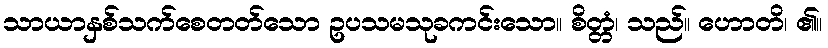
သာယာနှစ်သက်စေတတ်သော ဥပသမသုခကင်းသော။ စိတ္တံ၊ သည်။ ဟောတိ၊ ၏။